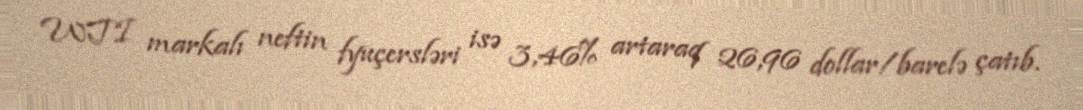
WTI markalı neftin fyuçersləri isə 3,46% artaraq 26,96 dollar/barelə çatıb.